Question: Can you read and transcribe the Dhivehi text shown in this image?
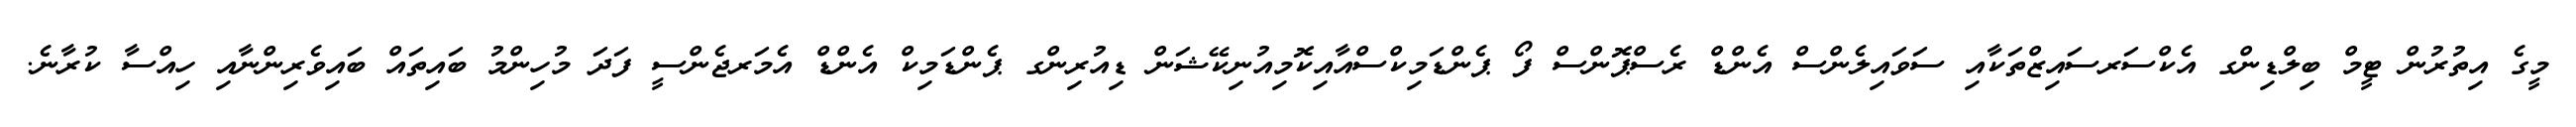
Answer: މީގެ އިތުރުން ޓީމް ބިލްޑިންގ އެކްސަރސައިޒްތަކާއި ސަވައިލެންސް އެންޑް ރެސްޕޮންސް ފޯ ޕެންޑަމިކްސްއާއިކޮމިއުނިކޭޝަން ޑިއުރިންގ ޕެންޑަމިކް އެންޑް އެމަރޖެންސީ ފަދަ މުހިންމު ބައިތައް ބައިވެރިންނާއި ހިއްސާ ކުރާނެ.